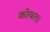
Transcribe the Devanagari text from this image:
कोयल।